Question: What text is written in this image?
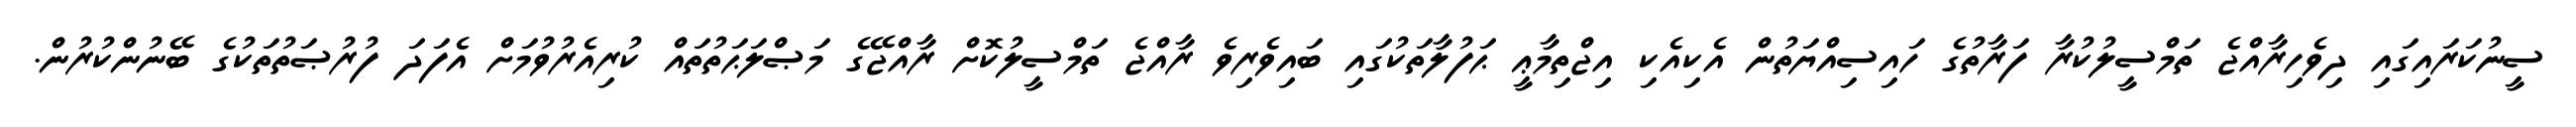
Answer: ސީނުކަރައިގައި ދިވެހިރާއްޖެ ތަމްސީލުކުރާ ފަރާތުގެ ހައިސިއްޔަތުން އެކިއެކި އިޖްތިމާޢީ ޙަފުލާތަކުގައި ބައިވެރިވެ ރާއްޖެ ތަމްސީލުކޮށް ރާއްޖޭގެ މަޞްލަޙަތުތައް ކުރިއެރުވުމަށް އެފަދަ ފުރުޞަތުތަކުގެ ބޭނުންކުރުން.